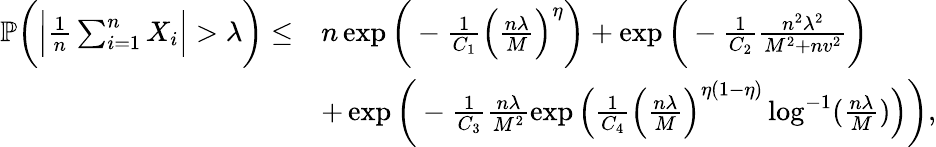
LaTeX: \begin{array}{rl}{\mathbb{P}\bigg(\Big\vert\frac{1}{n}\sum_{i=1}^{n}X_{i}\Big\vert>\lambda\bigg)\leq}&{n\exp\bigg(-\frac{1}{C_{1}}\Big(\frac{n\lambda}{M}\Big)^{\eta}\bigg)+\exp\bigg(-\frac{1}{C_{2}}\frac{n^{2}\lambda^{2}}{M^{2}+nv^{2}}\bigg)}\\ &{+\exp\bigg(-\frac{1}{C_{3}}\frac{n\lambda}{M^{2}}\exp\Big(\frac{1}{C_{4}}\Big(\frac{n\lambda}{M}\Big)^{\eta(1-\eta)}\log^{-1}(\frac{n\lambda}{M})\Big)\bigg),}\end{array}